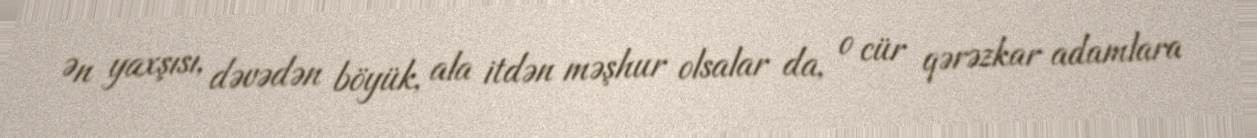
Ən yaxşısı, dəvədən böyük, ala itdən məşhur olsalar da, o cür qərəzkar adamlara